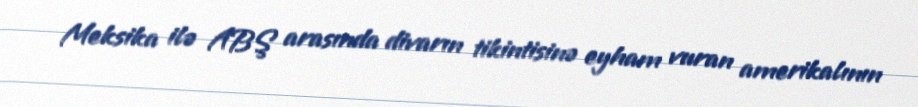
Meksika ilə ABŞ arasında divarın tikintisinə eyham vuran amerikalının